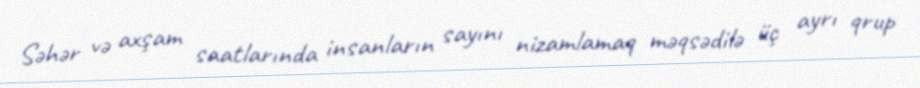
Səhər və axşam saatlarında insanların sayını nizamlamaq məqsədilə üç ayrı qrup